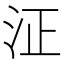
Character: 泟